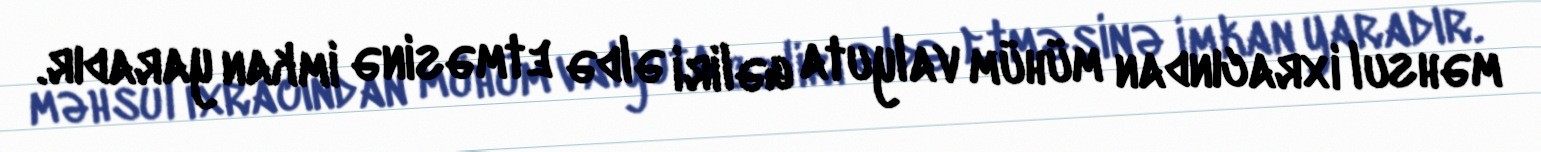
məhsul ixracından mühüm valyuta gəliri əldə etməsinə imkan yaradır.